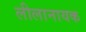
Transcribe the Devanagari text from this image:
लीलानायक